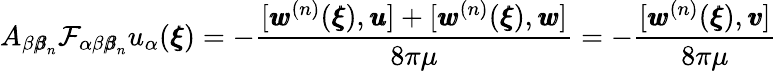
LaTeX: A_{\beta{\pmb\beta}_{n}}\mathcal{F}_{\alpha\beta{\pmb\beta}_{n}}u_{\alpha}({\pmb\xi})=-\frac{[{\pmb w}^{(n)}({\pmb\xi}),{\pmb u}]+[{\pmb w}^{(n)}({\pmb\xi}),{\pmb w}]}{8\pi\mu}=-\frac{[{\pmb w}^{(n)}({\pmb\xi}),{\pmb v}]}{8\pi\mu}